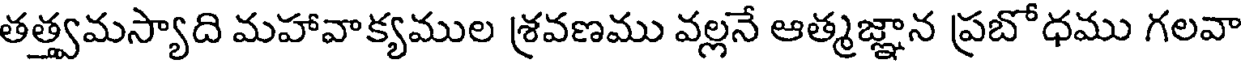
తత్త్వమస్యాది మహావాక్యముల శ్రవణము వల్లనే ఆత్మజ్ఞాన ప్రబోధము గలవా